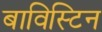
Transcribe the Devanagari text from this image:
बाविस्टिन